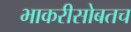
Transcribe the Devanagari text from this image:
भाकरीसोबतच